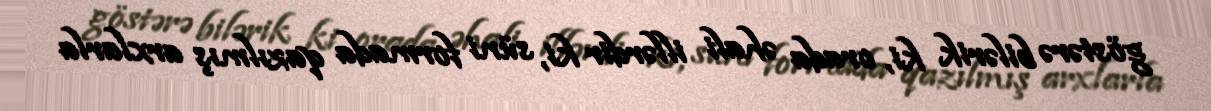
göstərə bilərik ki, orada əhali illərdir ki, süni formada qazılmış arxlarla